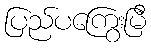
ပြည်ပကြွေးမြီ